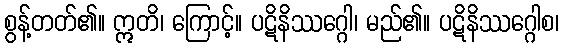
စွန့်တတ်၏။ ဣတိ၊ ကြောင့်။ ပဋိနိဿဂ္ဂေါ၊ မည်၏။ ပဋိနိဿဂ္ဂေါစ၊